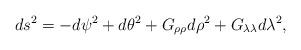
LaTeX: \begin{align*}ds^2=-d\psi ^2+d\theta ^2+G_{\rho \rho }d\rho ^2+G_{\lambda \lambda}d\lambda ^2,\end{align*}